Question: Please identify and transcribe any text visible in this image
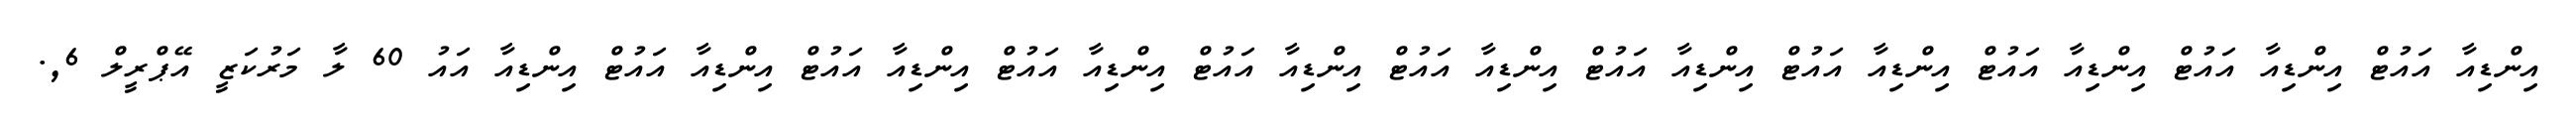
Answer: އިންޑިއާ އައުޓް އިންޑިއާ އައުޓް އިންޑިއާ އައުޓް އިންޑިއާ އައުޓް އިންޑިއާ އައުޓް އިންޑިއާ އައުޓް އިންޑިއާ އައުޓް އިންޑިއާ އައުޓް އިންޑިއާ އައުޓް އިންޑިއާ އައުޓް އިންޑިއާ އައު 60 ލާ މަރުކަޒީ އޭޕްރީލް 6,.